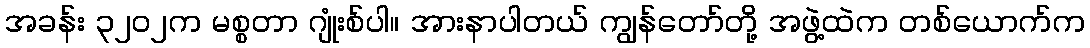
အခန်း ၃၂၀၂က မစ္စတာ ဂျုံးစ်ပါ။ အားနာပါတယ် ကျွန်တော်တို့ အဖွဲ့ထဲက တစ်ယောက်က